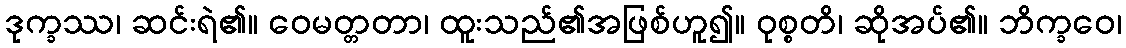
ဒုက္ခဿ၊ ဆင်းရဲ၏။ ဝေမတ္တတာ၊ ထူးသည်၏အဖြစ်ဟူ၍။ ဝုစ္စတိ၊ ဆိုအပ်၏။ ဘိက္ခဝေ၊